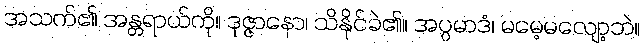
အသက်၏ အန္တရာယ်ကို။ ဒုဇ္ဇာနော၊ သိနိုင်ခဲ၏။ အပ္ပမာဒံ၊ မမေ့မလျော့ဘဲ။